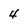
Character: 4